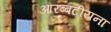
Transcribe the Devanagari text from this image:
आरब्बटीयना